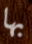
بها